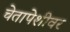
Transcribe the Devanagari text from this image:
चेतापेशीवर